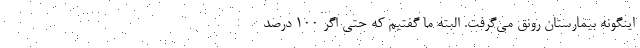
اینگونه بیمارستان رونق می‌گرفت. البته ما گفتیم که حتی اگر ۱۰۰ درصد